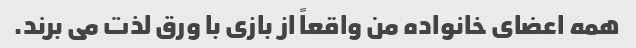
همه اعضای خانواده من واقعاً از بازی با ورق لذت می برند.